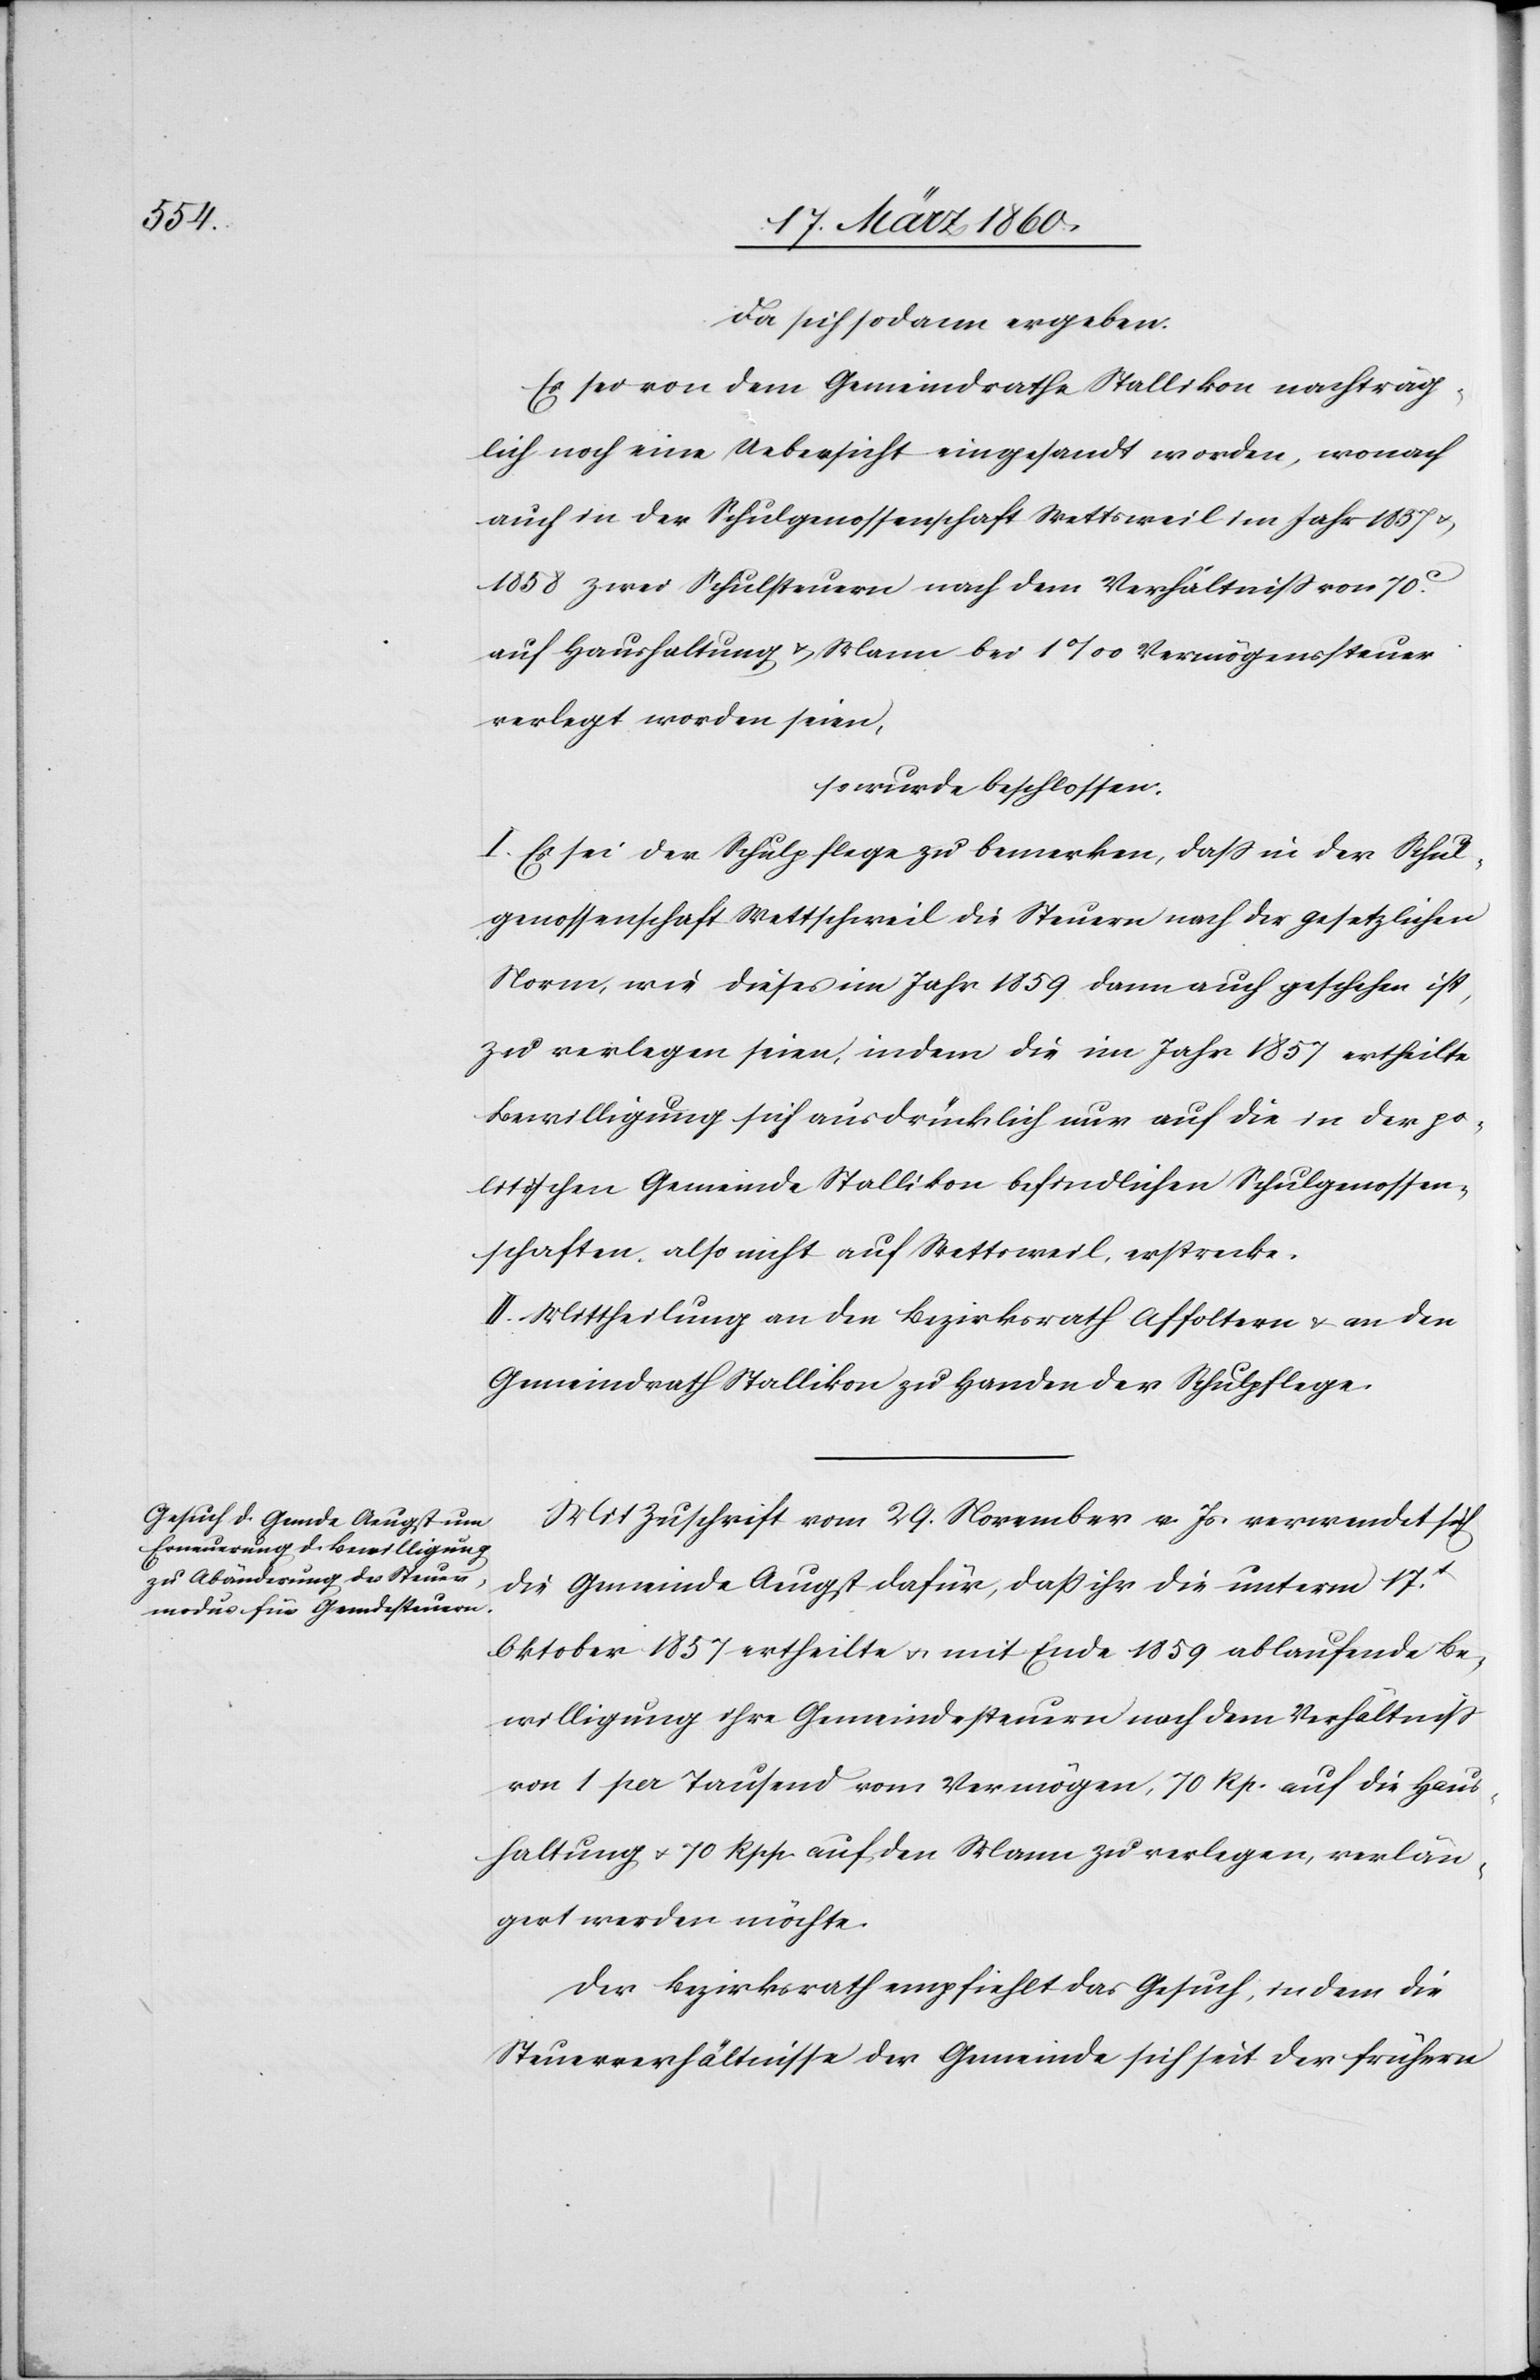
da sich sodann ergeben:
Es sei von dem Gemeindrathe Stallikon nachträg¬
lich noch eine Uebersicht eingesandt worden, wonach
auch in der Schulgenossenschaft Wettsweil im Jahr 1857 u.
1858 zwei Schulsteuern nach dem Verhältniss von 70C
auf Haushaltung u. Mann bei 1‰ Vermögenssteuer
verlegt worden seien,
so wurde beschlossen:
I. Es sei der Schulpflege zu bemerken, dass in der Schul¬
genossenschaft Wettschweil die Steuern nach der gesetzlichen
Norm, wie dieses im Jahr 1859 dann auch geschehen ist,
zu verlegen seien, indem die im Jahr 1857 ertheilte
Bewilligung sich ausdrücklich nur auf die in der po¬
litischen Gemeinde Stallikon befindlichen Schulgenossen¬
schaften, also nicht auf Wettsweil, erstrecke.
II. Mittheilung an den Bezirksrath Affoltern u. an den
Gemeindrath Stallikon zu Handen der Schulpflege.
Mit Zuschrift vom 29. November v. Js. verwendet sich
die Gemeinde Aeugst dafür, dass ihr die unterm 17t
Oktober 1857 ertheilte u. mit Ende 1859 ablaufende Be¬
willigung ihre Gemeindesteuern nach dem Verhältniss
von 1 per. Tausend vom Vermögen, 70 Rp. auf die Haus¬
haltung u. 70 Rpp. auf den Mann zu verlegen, verlän¬
gert werden möchte.
Der Bezirksrath empfiehlt das Gesuch, in dem die
Steuerverhältnisse der Gemeinde sich seit der frühern